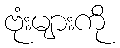
ဗုံးများကို